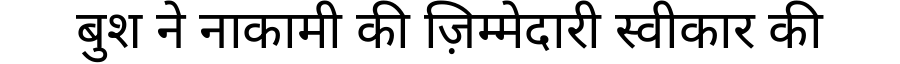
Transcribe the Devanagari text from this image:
बुश ने नाकामी की ज़िम्मेदारी स्वीकार की